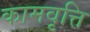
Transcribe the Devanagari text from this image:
कामवृत्ति